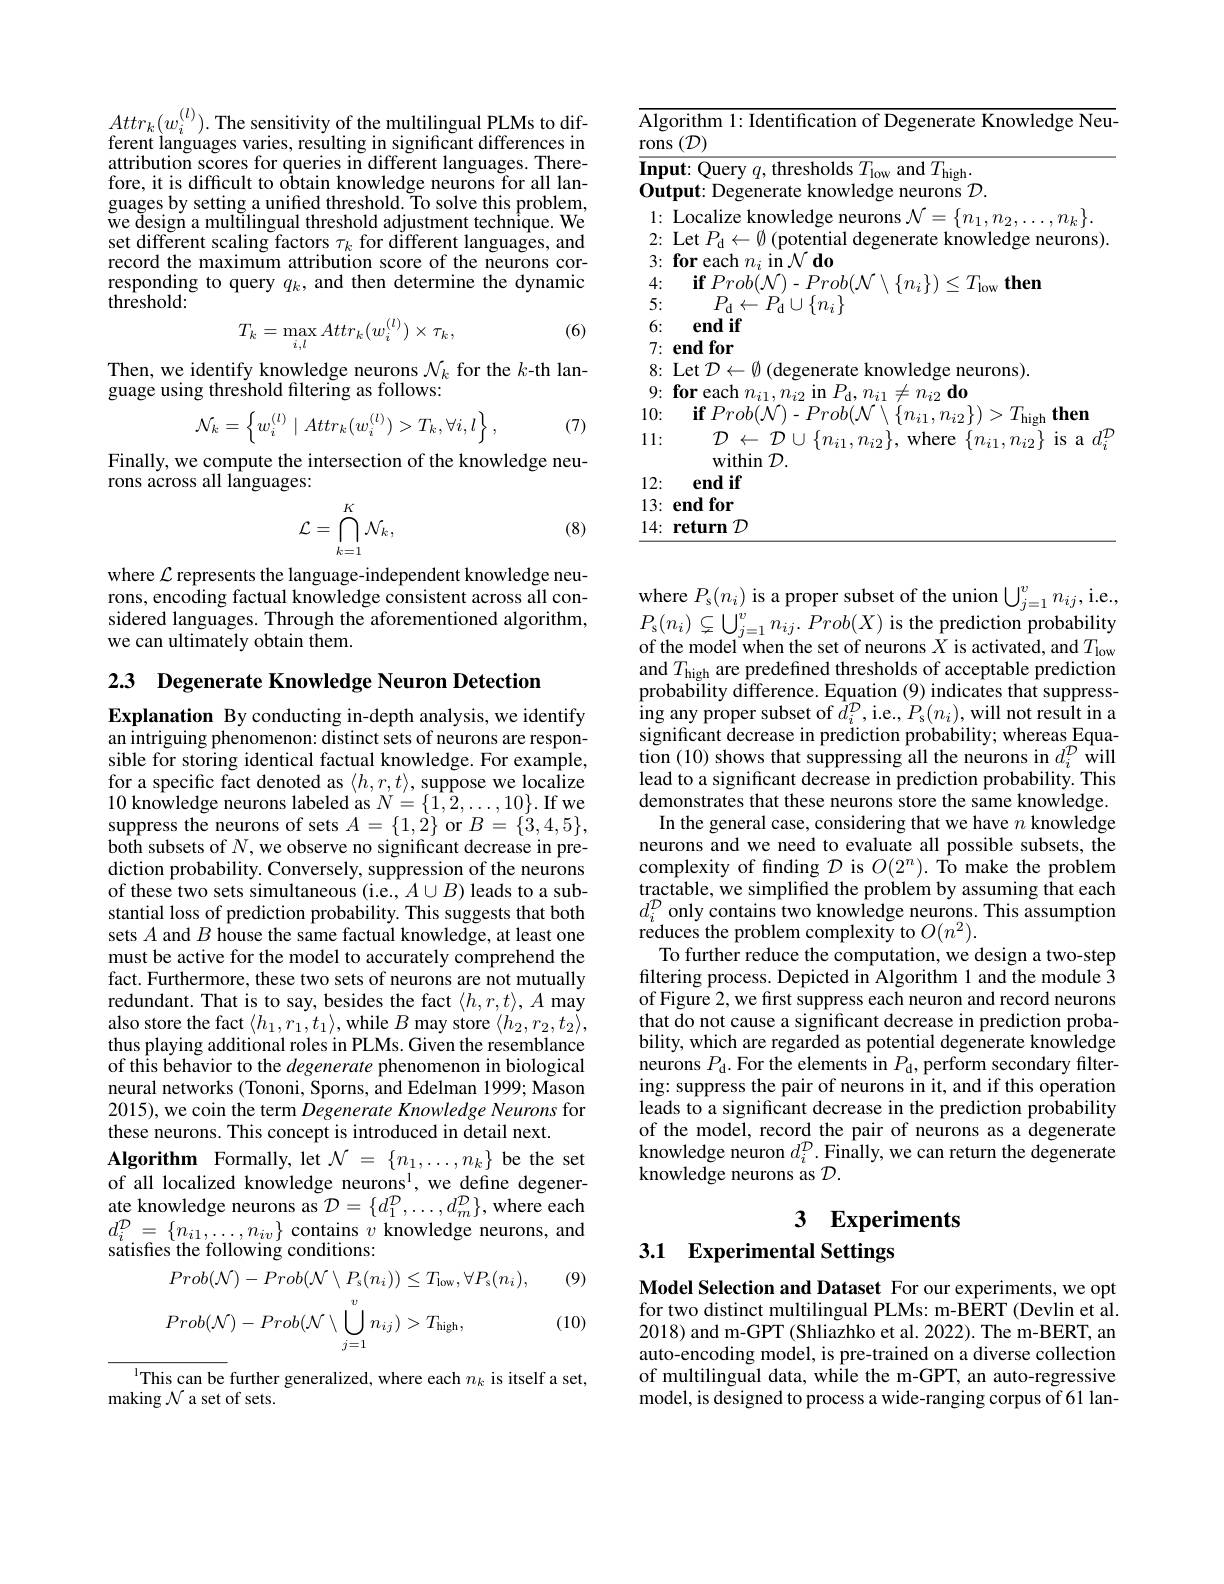
$Attr_{k}(w_{i}^{(l)}).$The sensitivity of the multilingual PLMs to different languages varies, resulting in significant differences in attribution scores for queries in different languages. Therefore, it is difficult to obtain knowledge neurons for all languages by setting a unified threshold. To solve this problem, we design a multilingual threshold adjustment technique. We set different scaling factors $\tau_k$ for different languages, and record the maximum attribution score of the neurons corresponding to query $q_k$, and then determine the dynamic $th\bar{\text{reshold:}}$
$$T_k=\max_{i,l}Attr_k(w_i^{(l)})\times\tau_k,$$
(6)

Then, we identify knowledge neurons $\mathcal{N}_k$ for the $k$-th lan-
guage using threshold filtering as follows:
$$\mathcal{N}_k=\left\{w_i^{(l)}\mid Attr_k(w_i^{(l)})>T_k,\forall i,l\right\},$$
(7)

Finally, we compute the intersection of the knowledge neu-
rons across all languages:

(8)
$$\mathcal{L}=\bigcap_{k=1}^{K}\mathcal{N}_{k},$$
where $\mathcal{L}$ represents the language-independent knowledge neurons, encoding factual knowledge consistent across all considered languages. Through the aforementioned algorithm, we can ultimately obtain them.

2.3 Degenerate Knowledge Neuron Detection

Explanation By conducting in-depth analysis, we identify an intriguing phenomenon: distinct sets of neurons are responsible for storing identical factual knowledge. For example, for a specific fact denoted as $\langle h,r,t\rangle$, suppose we localize 10 knowledge neurons labeled as $N=\{1,2,\ldots,10\}.$If we suppress the neurons of sets $A=\{1,2\}$ or $B=\{3,4,5\}$, both subsets of $N$,we observe no significant decrease in prediction probability. Conversely, suppression of the neurons of these two sets simultaneous (i.e., $A\cup B)$ leads to a substantial loss of prediction probability. This suggests that both sets $A$ and $B$ house the same factual knowledge, at least one must be active for the model to accurately comprehend the fact. Furthermore, these two sets of neurons are not mutually redundant. That is to say, besides the fact $\langle h,r,t\rangle,A$ may also store the fact $\langle h_1,r_1,t_1\rangle$,while $B$ may store $\langle h_2,r_2,t_2\rangle$, thus playing additional roles in PLMs. Given the resemblance of this behavior to the degenerate phenomenon in biological neural networks (Tononi, Sporns, and Edelman 1999; Mason 2015), we coin the term Degenerate Knowledge Neurons for these neurons. This concept is introduced in detail next.
Algorithm Formally, let $\mathcal{N}=\{n_1,\ldots,n_k\}$ be the set of all localized knowledge neurons$^1$, we define degener- $\underset{m}{\operatorname*{\operatorname*{ate~knowledge~neurons~as}}}{\mathcal{D}}=\{d_{1}^{\mathcal{D}},\ldots,d_{m}^{\mathcal{D}}\}$,where each $d_{i}^{\mathcal{D} }$ = $\{ n_{i1}, \ldots , n_{iv}\}$ contains $v$ knowledge neurons, and satisfies the following conditions:
(9)
$$Prob(\mathcal{N})-Prob(\mathcal{N}\setminus P_{\mathrm{s}}(n_{i}))\leq T_{\mathrm{low}},\forall P_{\mathrm{s}}(n_{i}),\\Prob(\mathcal{N})-Prob(\mathcal{N}\setminus\bigcup_{j=1}^{v}n_{ij})>T_{\mathrm{high}},$$
(10)

$^{\text{l}}$This can be further generalized, where each $n_k$ is itself a set,
making $\mathcal{N}$ a set of sets.

<table>
	<tbody>
		<tr>
			<td>$\overline{\mathrm{Alg}}.$ rons</td>
			<td>gorithm 1: Identification of Degenerate Knowledge Neu $\mathbf{s}\left(\mathcal{D}\right)$</td>
		</tr>
		<tr>
			<td>$\overline{\mathbf{Inp}}$ $0ut$</td>
			<td>$\mathbf{out:~Query~}q$, thresholds $T_\mathrm{low~and~}T_\mathrm{high}.$ $\mathbf{fmif}^{\cdot}$ neurons $\mathcal{D}$</td>
		</tr>
		<tr>
			<td>1</td>
			<td> </td>
		</tr>
		<tr>
			<td>2:</td>
			<td>neurons</td>
		</tr>
		<tr>
			<td>3:</td>
			<td>$\mathbf{foreach}$ $\operatorname{in}\mathcal{N}\operatorname{do}$ $\eta_{i}$ </td>
		</tr>
		<tr>
			<td>4: 1</td>
			<td>then</td>
		</tr>
		<tr>
			<td>5:</td>
			<td> </td>
		</tr>
		<tr>
			<td>6:</td>
			<td>end if</td>
		</tr>
		<tr>
			<td>7:</td>
			<td>$\mathbf{endfor}$</td>
		</tr>
		<tr>
			<td>8:</td>
			<td>$Let"D\leftarrow$ 1// $1/de$ knowledoe helimsi</td>
		</tr>
		<tr>
			<td>9:</td>
			<td>$\textbf{for each}$ $=n_{i2}$do 117</td>
		</tr>
		<tr>
			<td>10:</td>
			<td>$\textbf{if}Prob( \mathcal{N}$ $Proh(\Lambda$ $\textbf{then}$ $I_{\mathrm{hich}}$ 1</td>
		</tr>
		<tr>
			<td>1: 1</td>
			<td>$\mathcal{D}$ $\leftarrow$ $\mathcal{D}$ $\cup \{ n_{i1}, n_{i2}\} $,where $\{n_{i1},n_{i2}\}$ is a 10 within $\mathcal{D} .$</td>
		</tr>
		<tr>
			<td>12:</td>
			<td>end if</td>
		</tr>
		<tr>
			<td>13: </td>
			<td>end for</td>
		</tr>
		<tr>
			<td>14: </td>
			<td>$\textbf{return }\mathcal{D}$</td>
		</tr>
	</tbody>
</table>

where $P_{\mathrm{s}}(n_{i})$ is a proper subset of the union $\bigcup_j=1^{v}n_{ij}$,i.e., $P_{\mathrm{s}}(n_{i})\subsetneq\bigcup_{j=1}^{v}n_{ij}.Prob(X)$ is the prediction probability of the model when the set of neurons $X$ is activated, and $T_\mathrm{low}$ and $T_\mathrm{high}$ are predefined thresholds of acceptable prediction probability difference. Equation (9) indicates that suppress- $\operatorname{ing}$ any proper subset of $\hat{d}_i^{\mathcal{D}}$,i.e$,P_\mathrm{s}(n_i)$,will not result in a significant decrease in prediction probability; whereas Equation (10) shows that suppressing all the neurons in $d_i^{\mathcal{D}}$ will lead to a significant decrease in prediction probability. This demonstrates that these neurons store the same knowledge. In the general case, considering that we have $n$ knowledge neurons and we need to evaluate all possible subsets, the complexity of finding $\mathcal{D}$ is $O(2^n).$ To make the problem tractable, we simplified the problem by assuming that each $d_i^D$ only contains two knowledge neurons. This assumption reduces the problem complexity to $O(n^{2}).$
To further reduce the computation, we design a two-step filtering process. Depicted in Algorithm 1 and the module 3 of Figure 2, we first suppress each neuron and record neurons that do not cause a significant decrease in prediction probability, which are regarded as potential degenerate knowledge neurons $P_{\mathrm{d}}.$ For the elements in $P_{\mathrm{d}}$, perform secondary filtering: suppress the pair of neurons in it, and if this operation leads to a significant decrease in the prediction probability of the model, record the pair of neurons as a degenerate knowledge neuron $d_i^{\mathcal{D}}.$ Finally, we can return the degenerate knowledge neurons as $\mathcal{D}.$

# 3 Experiments 3.1 Experimental Settings

Model Selection and Dataset For our experiments, we opt for two distinct multilingual PLMs: m-BERT (Devlin et al. 2018) and m-GPT (Shliazhko et al. 2022). The m-BERT, an auto-encoding model, is pre-trained on a diverse collection of multilingual data, while the m-GPT, an auto-regressive model, is designed to process a wide-ranging corpus of 61 lan-